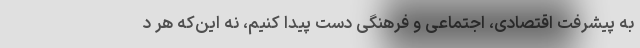
به پیشرفت اقتصادی، اجتماعی و فرهنگی دست پیدا کنیم، نه این‌که هر د